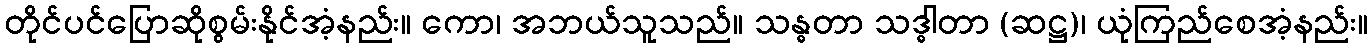
တိုင်ပင်ပြောဆိုစွမ်းနိုင်အံ့နည်း။ ကော၊ အဘယ်သူသည်။ သန္ဓတာ သဒ္ဓါတာ (ဆဋ္ဌ)၊ ယုံကြည်စေအံ့နည်း။